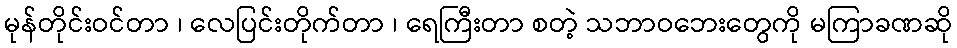
မုန်တိုင်းဝင်တာ ၊ လေပြင်းတိုက်တာ ၊ ရေကြီးတာ စတဲ့ သဘာဝဘေးတွေကို မကြာခဏဆို